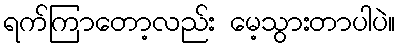
ရက်ကြာတော့လည်း မေ့သွားတာပါပဲ။